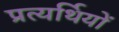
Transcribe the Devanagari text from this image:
प्रत्यर्थियों